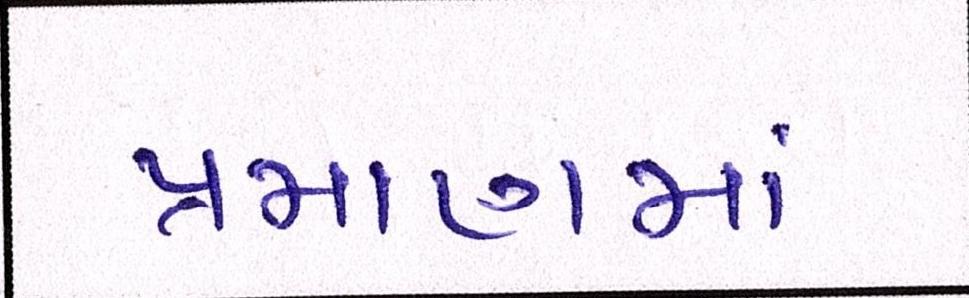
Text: પ્રમાણમાં